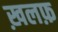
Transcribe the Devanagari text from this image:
ख़लफ़